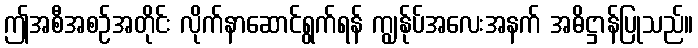
ဤအစီအစဉ်အတိုင်း လိုက်နာဆောင်ရွက်ရန် ကျွန်ုပ်အလေးအနက် အဓိဋ္ဌာန်ပြုသည်။